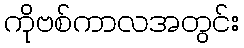
ကိုဗစ်ကာလအတွင်း